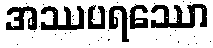
အဿပရဿော